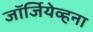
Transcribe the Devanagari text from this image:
जॉर्जियेव्हना